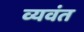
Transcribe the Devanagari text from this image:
व्यवंत